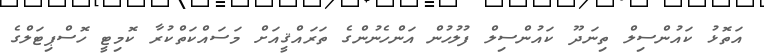
އަތޮޅު ކައުންސިލް ތިނަދޫ ކައުންސިލް ފުލުހުން އަންހެނުންގެ ތަރައްޤީއަށް މަސައްކަތްކުރާ ކޮމިޓީ ހޮސްޕިޓަލްގެ